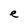
Character: e